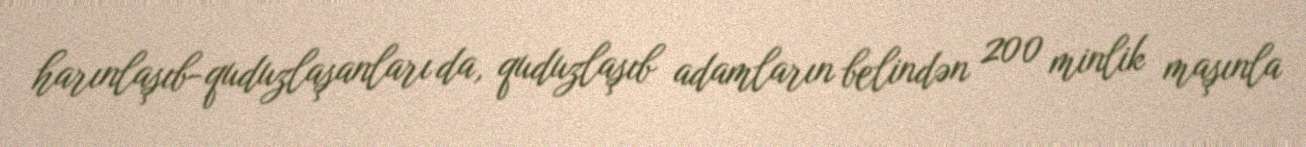
harınlaşıb-quduzlaşanları da, quduzlaşıb adamların belindən 200 minlik maşınla